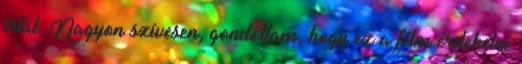
írtál. Nagyon szívesen, gondoltam, hogy ez a film érdekelni